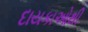
દાયકાઓથી